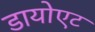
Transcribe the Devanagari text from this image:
डायोएट